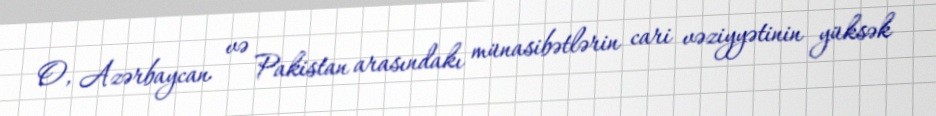
O, Azərbaycan və Pakistan arasındakı münasibətlərin cari vəziyyətinin yüksək